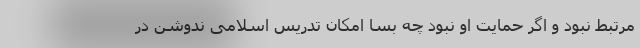
مرتبط نبود و اگر حمایت او نبود چه بسا امکان تدریس اسلامی ندوشن در